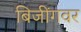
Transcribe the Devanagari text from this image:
बिजींगवर